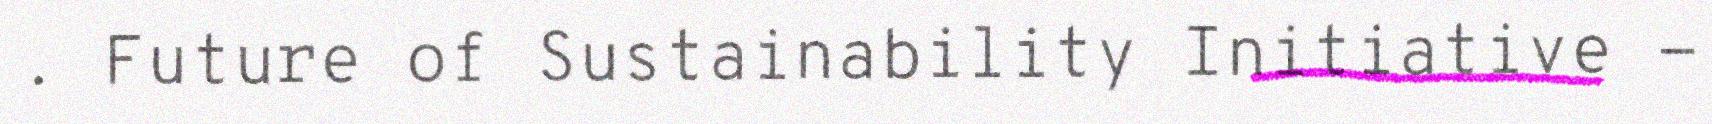
. Future of Sustainability Initiative -